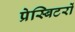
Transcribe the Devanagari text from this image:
प्रेस्बिटरों